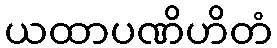
ယထာပဏိဟိတံ